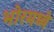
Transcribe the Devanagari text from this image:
भोरमध्ये